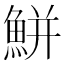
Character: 鮩